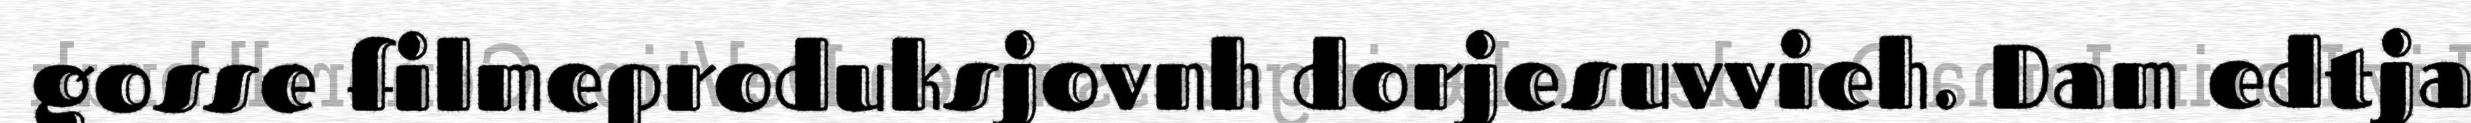
gosse filmeproduksjovnh dorjesuvvieh. Dam edtja